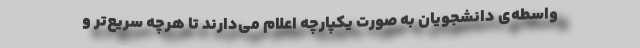
واسطه‌ی دانشجویان به صورت یکپارچه اعلام می‌دارند تا هرچه سریع‌تر و